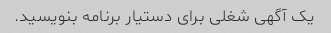
یک آگهی شغلی برای دستیار برنامه بنویسید.